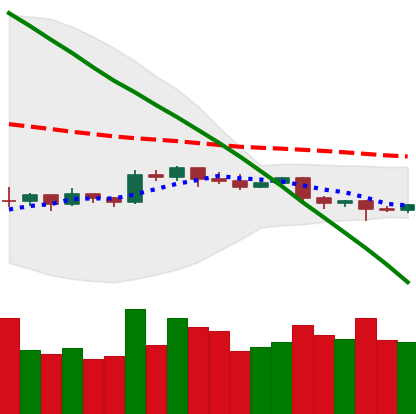
Ticker: EOS-USD
Chart end date: 2019-10-20
Forward return: 8.738%
Label: up_7plus